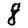
Digit: 8